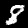
Label: 8